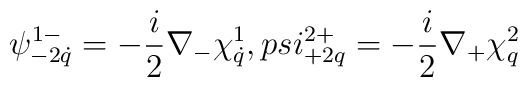
\psi^{1-}_{-2\dot q}=-\frac{i}{2}\nabla_-\chi^{1}_{\dot q},\\psi^{2+}_{+2q}=-\frac{i}{2}\nabla_+\chi^{2}_q